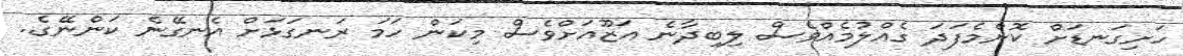
ހަށިގަނޑަށް ކޮންމެފަދަ ގެއްލުމެއްވެސް ލިބިދާނެ އަޒޫއަށްވެސް މިކަން ހަމަ ރަނގަޅަށް އެނގޭނެ ކަންނޭގެ..